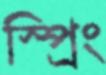
স্প্রিং